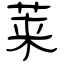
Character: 莱